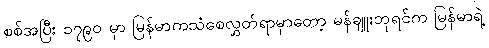
စစ်အပြီး ၁၇၉၀ မှာ မြန်မာကသံစေလွှတ်ရာမှာတော့ မန်ချူးဘုရင်က မြန်မာရဲ့